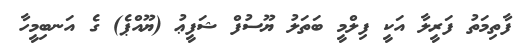
ފާތިމަތު ފަރީލާ އަކީ ފިލްމީ ބަތަލު ޔޫސުފް ޝަފީޢު (ޔޫއްޕެ) ގެ އަނބިމީހާ